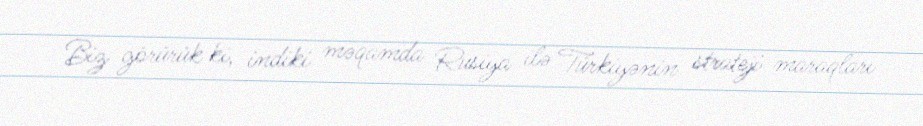
Biz görürük ki, indiki məqamda Rusiya ilə Türkiyənin strateji maraqları